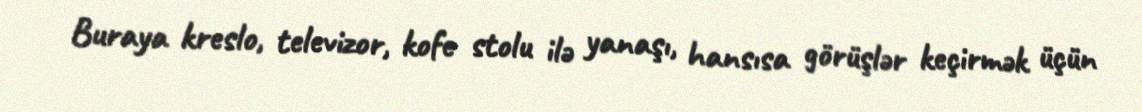
Buraya kreslo, televizor, kofe stolu ilə yanaşı, hansısa görüşlər keçirmək üçün